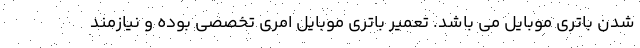
شدن باتری موبایل می باشد. تعمیر باتری موبایل امری تخصصی بوده و نیازمند